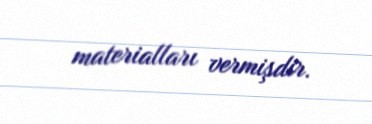
materialları vermişdir.